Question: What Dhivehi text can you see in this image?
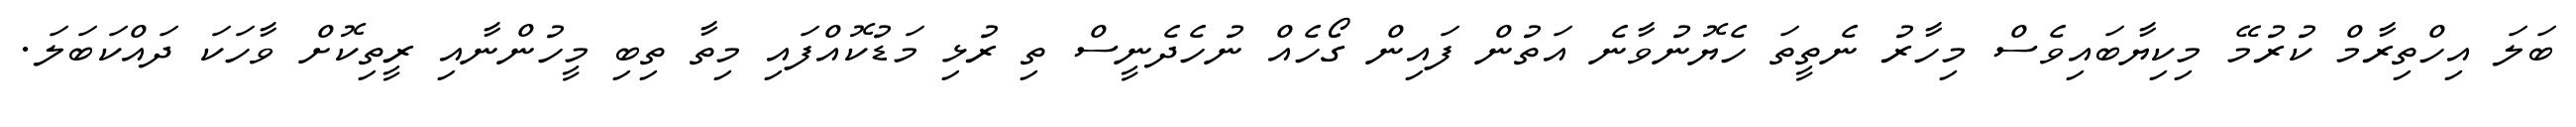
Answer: ބަލަ އިހްތިރާމް ކުރުމޭ މިކިޔާބައިވެސް މިހާރު ނެތީތަ ހެޔޮނުވާނެ އަތުން ފައިން ގޯހެއް ނުހެދެނީސް ތި ރުޅި މަޑުކޮއްފައި މިތާ ތިބި މީހުންނާއި ރީތިކޮށް ވާހަކަ ދައްކަބަލަ.